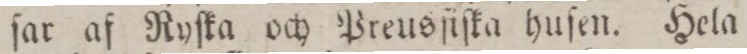
ſar af Ryſka och Preusſiſka huſen. Hela